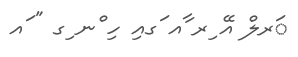
ަރލް އޭ ިރ ާއ ަގއި ހި ްނ ިގ " ައ